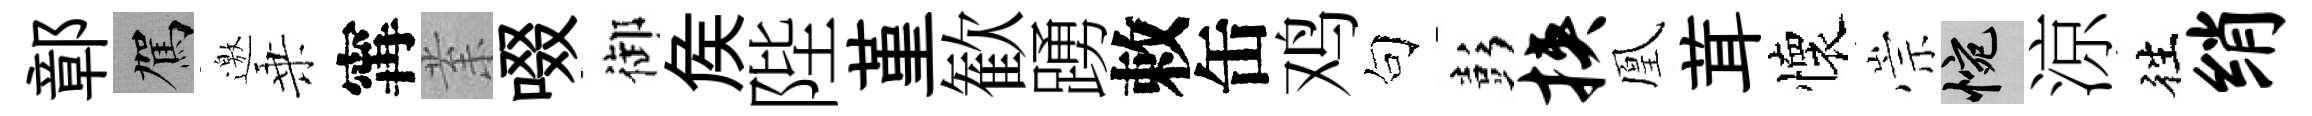
鄣駕邀乗𡩋𭪙啜御矦陛堇歓踴敕缶鸡句彭挟凰茸懷崇惋涼徃绡